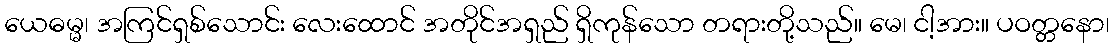
ယေဓမ္မ၊ အကြင်ရှစ်သောင်း လေးထောင် အတိုင်အရှည် ရှိကုန်သော တရားတို့သည်။ မေ၊ ငါ့အား။ ပဝတ္တနော၊